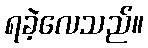
ရခဲ့လေသည်။